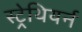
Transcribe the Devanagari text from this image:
स्ट्रेथियर्न